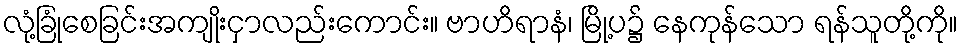
လုံ့ခြုံစေခြင်းအကျိုးငှာလည်းကောင်း။ ဗာဟိရာနံ၊ မြို့ပ၌ နေကုန်သော ရန်သူတို့ကို။